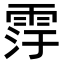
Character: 䨕